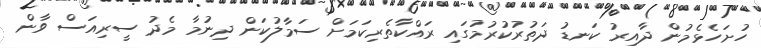
ހުށަހެޅެމުން ދާއިރު ކަނޑު ދަތުރުކުރުމުގައި ރައްކާތެރިކަމަށް ސަމާލުކަން ދިނުމާ މެދު ސީރިއަސް ވާން